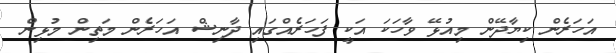
އަހަރެން ކިޔާދޭން މިއުޅޭ ވާހަކަ އަކީ ފަހަރެއްގައި ދާނިޝް އަހަރެން މަތިން މުޅިން